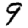
Digit: 9